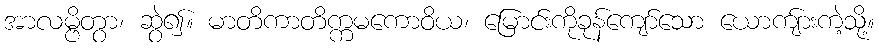
အာလမ္ဗိတွာ၊ ဆွဲ၍။ မာတိကာတိက္ကမကောဝိယ၊ မြောင်းကိုခုန်ကျော်သော ယောကျ်ားကဲ့သို့။